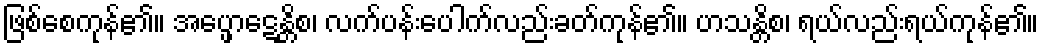
ဖြစ်စေကုန်၏။ အပ္ဖောဋေန္တိစ၊ လက်ပန်းပေါက်လည်းခတ်ကုန်၏။ ဟသန္တိစ၊ ရယ်လည်းရယ်ကုန်၏။